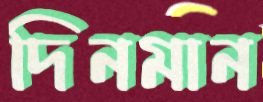
দিনমান